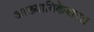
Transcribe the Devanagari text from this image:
आख्यायिकेबाबत